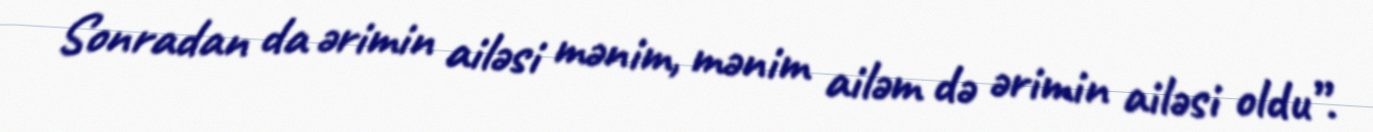
Sonradan da ərimin ailəsi mənim, mənim ailəm də ərimin ailəsi oldu”.